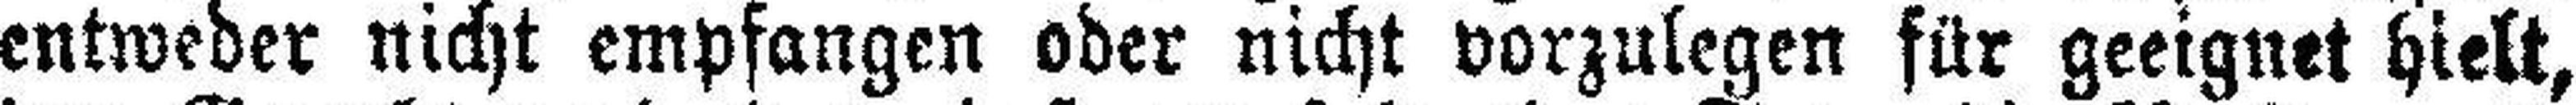
entweder nicht empfangen oder nicht vorzulegen für geeignet hielt,